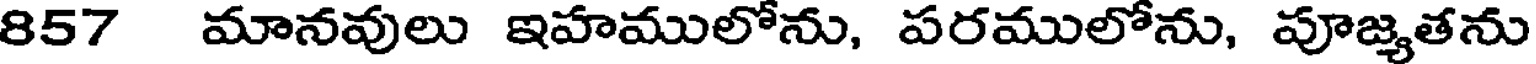
857 మానవులు ఇహములోను, పరములోను, పూజ్యతను